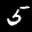
Label: 5